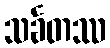
သင်္ခတဿ